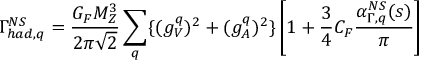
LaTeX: \Gamma _ { h a d , q } ^ { N S } = \frac { G _ { F } M _ { Z } ^ { 3 } } { 2 \pi \sqrt { 2 } } \sum _ { q } \{ ( g _ { V } ^ { q } ) ^ { 2 } + ( g _ { A } ^ { q } ) ^ { 2 } \} \left[ 1 + \frac { 3 } { 4 } C _ { F } \frac { \alpha _ { \Gamma , q } ^ { N S } ( s ) } { \pi } \right]